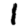
Digit: 1